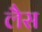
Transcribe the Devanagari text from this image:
लेैस